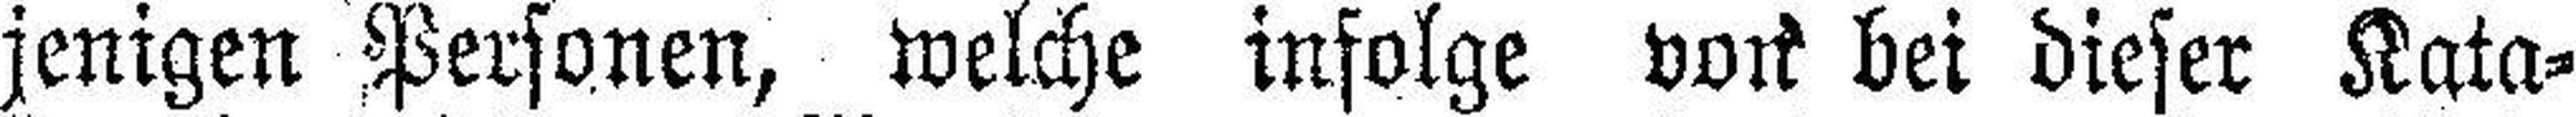
jenigen Personen, welche infolge voll bei dieser Kata¬